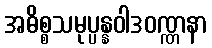
အဓိစ္စသမုပ္ပန္နဝါဒဝဏ္ဏနာ